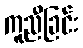
ကူညီခြင်း